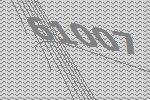
61007